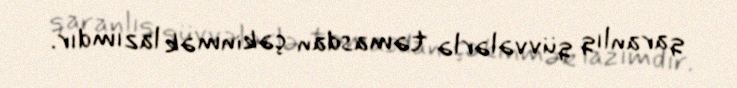
qaranlıq qüvvələrlə təmasdan çəkinmək lazımdır.